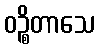
ဝဉ္စိတာသေ